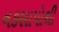
નકસાપોથી